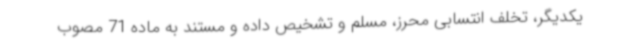
یکدیگر، تخلف انتسابی محرز، مسلم و تشخیص داده و مستند به ماده 71 مصوب